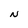
Character: N